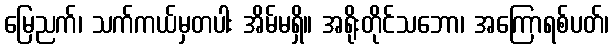
မြေညက်၊ သက်ကယ်မှတပါး အိမ်မရှိ။ အရိုးတိုင်သဘော၊ အကြောရစ်ပတ်၊